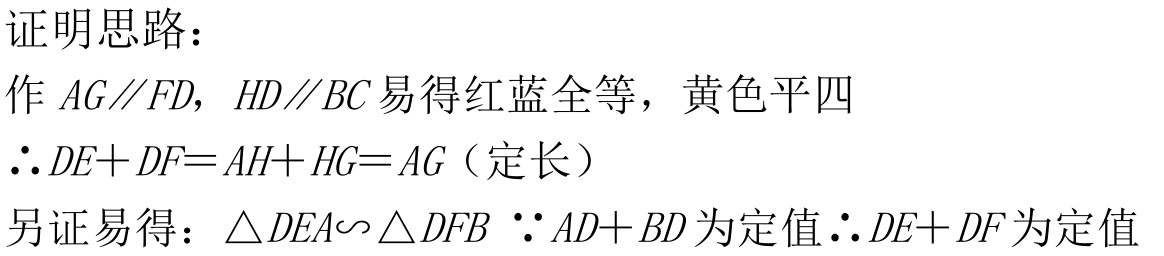
证明思路：
作\(AG\parallel FD\)，\(HD\parallel BC\)易得红蓝全等，黄色平四
\(\therefore DE + DF = AH + HG = AG\)（定长）
另证易得：\(\triangle DEA\sim\triangle DFB\) \(\because AD + BD\)为定值\(\therefore DE + DF\)为定值